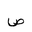
Letter: _sad